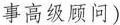
事高级顾问)